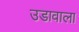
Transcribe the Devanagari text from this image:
उडावाला